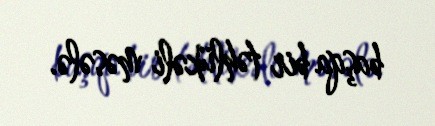
başqa bir təhlükəli məsələ.